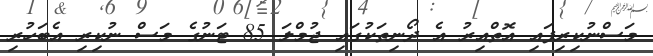
މަސްނުކިރިފައި އޮތްއިރު އެ ދޯނިތަކުގައި ޖުމްލަ 85 ޓަނުގެ މަސް ނުކިރި އެބަހުރި